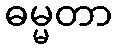
ဓမ္မတာ